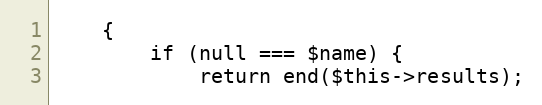
Language: PHP
    {
        if (null === $name) {
            return end($this->results);